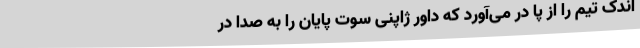
اندک تیم را از پا در می‌آورد که داور ژاپنی سوت پایان را به صدا در